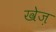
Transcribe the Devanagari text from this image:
खेज़